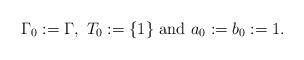
LaTeX: \begin{align*}\Gamma_0 := \Gamma,~ T_0:= \{1\}\mbox{ and } a_0:= b_0 := 1.\end{align*}